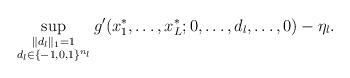
LaTeX: \begin{align*}\sup_{\substack{\|d_l\|_1=1\\ d_l\in\{-1,0,1\}^{n_l}}}g'(x_1^*,\ldots,x_L^*;0,\ldots,d_l,\ldots,0)-\eta_l.\end{align*}